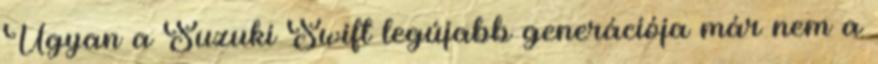
Ugyan a Suzuki Swift legújabb generációja már nem a